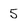
Character: 5